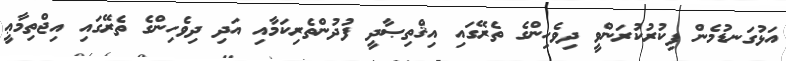
އަޅުގަނޑުމެން ފިކުރުކުރަންވީ ދިވެހިންގެ ތެރޭގައި އިޤްތިޞާދީ ފުދުންތެރިކަމާއި އަދި ދިވެހިންގެ ތެރޭގައި އިޖްތިމާޢީ